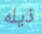
ذيله